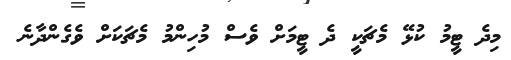
މިދެ ޓީމު ކުޅޭ މެޗަކީ ދެ ޓީމަށް ވެސް މުހިންމު މެޗަކަށް ވެގެންދާނެ